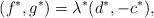
LaTeX: \begin{gather*}(f^{*},g^{*})=\lambda^{*}(d^{*},-c^{*}),\end{gather*}